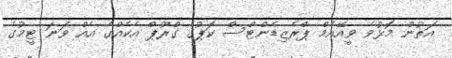
އަތުން މޮޅުވެ ވީއޭއެމް ޕްރެޒިޑެންޓްސް ކަޕުގެ ގްރޫޕް އެކެއްގެ އެއް ވަނަ ޓީމުގެ